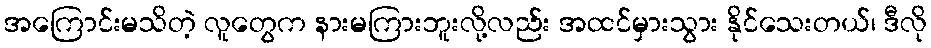
အကြောင်းမသိတဲ့ လူတွေက နားမကြားဘူးလို့လည်း အထင်မှားသွား နိုင်သေးတယ်၊ ဒီလို